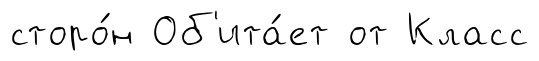
сторо́н Об'ита́ет от Класс